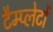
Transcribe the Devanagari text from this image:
टैम्प्लेटों